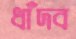
ধাঁদব